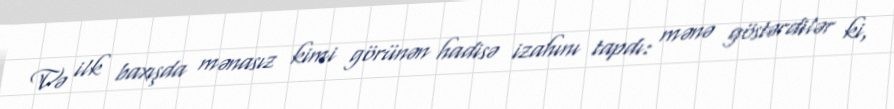
Və ilk baxışda mənasız kimi görünən hadisə izahını tapdı: mənə göstərdilər ki,